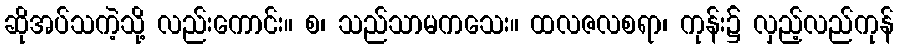
ဆိုအပ်သကဲ့သို့ လည်းကောင်း။ စ၊ သည်သာမကသေး။ ထလဇလစရာ၊ ကုန်း၌ လှည့်လည်ကုန်